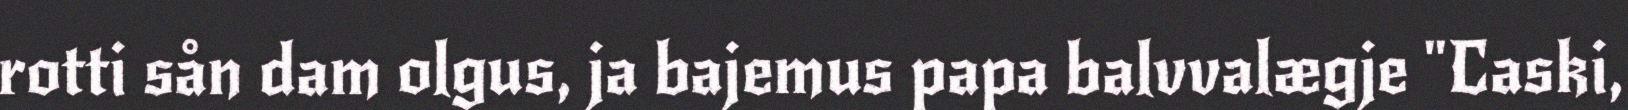
rotti sån dam olgus, ja bajemus papa balvvalægje "Caski,